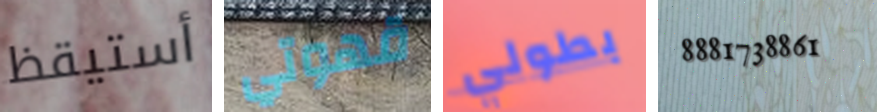
أستيقظ قهوتي بطولي 8881738861